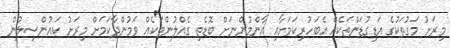
މިރަށު މަގުތަކުގެ އަޑިގުޑަންތަކެއް އެބަހުރިކަމަށާއި އާންމުންނަށް ބޮޑެތި ގެއްލުންތަކެއް ވަމުންދާކަމަށް މިރަށު ކައުންސިލުން